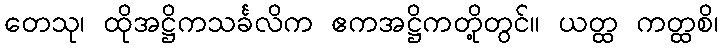
တေသု၊ ထိုအဋ္ဌိကသင်္ခလိက ဧကအဋ္ဌိကတို့တွင်။ ယတ္ထ ကတ္ထစိ၊